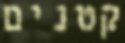
קטנים